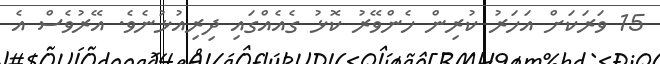
15 ވަރަކަށް އަހަރު ކުރިން ހެންވޭރު ކޮޅު ގެއެއްގައި ދިރިއުޅުނެވެ. އޭރުވެސް އެ